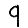
Digit: 9